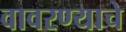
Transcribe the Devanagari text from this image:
वावरण्याचे